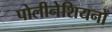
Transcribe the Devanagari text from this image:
पोलीनेशियनों